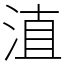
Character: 淔